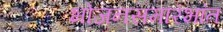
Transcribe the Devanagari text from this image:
भोजनसमारंभांत